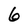
Character: 6